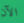
الآن